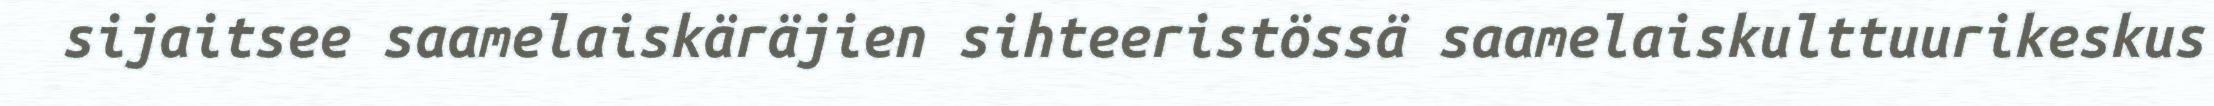
sijaitsee saamelaiskäräjien sihteeristössä saamelaiskulttuurikeskus